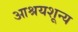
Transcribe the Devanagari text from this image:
आश्रयशून्य